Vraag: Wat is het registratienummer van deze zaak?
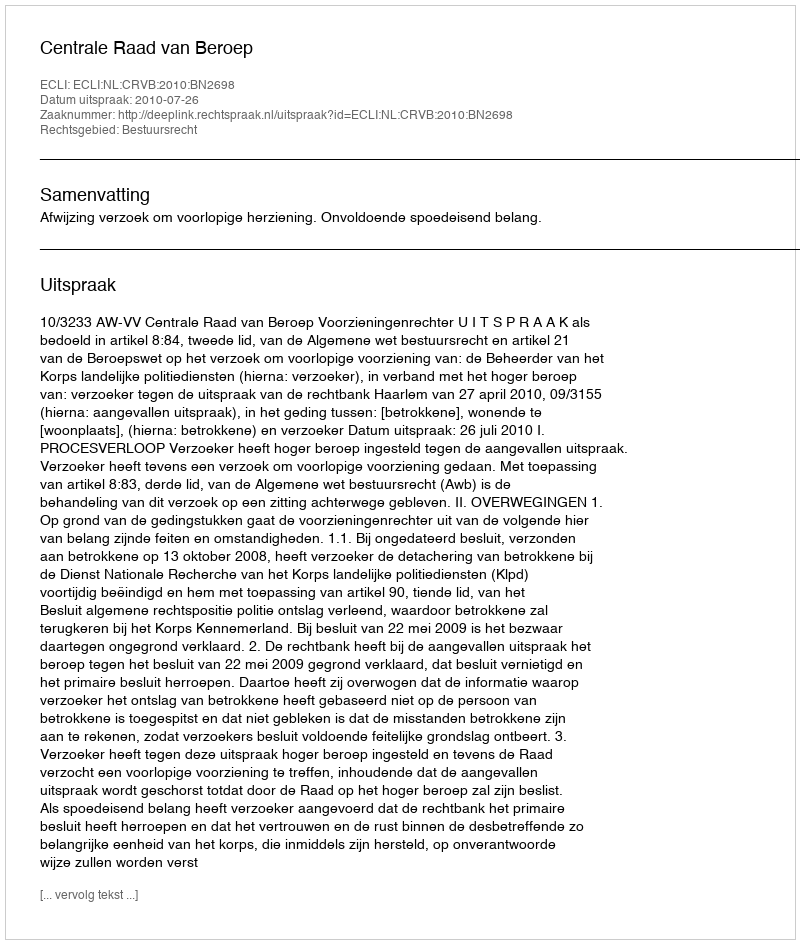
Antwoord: http://deeplink.rechtspraak.nl/uitspraak?id=ECLI:NL:CRVB:2010:BN2698